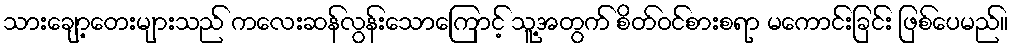
သားချော့တေးများသည် ကလေးဆန်လွန်းသောကြောင့် သူ့အတွက် စိတ်ဝင်စားစရာ မကောင်းခြင်း ဖြစ်ပေမည်။